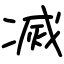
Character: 㓕